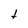
Character: t